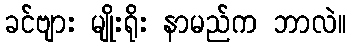
ခင်ဗျား မျိုးရိုး နာမည်က ဘာလဲ။